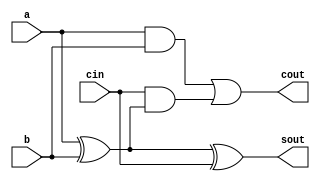
`timescale 1ns / 1ps

module full_adder(
    input a, b, cin,
    output sout, cout

    );    
    assign sout = a ^ b ^ cin;
    assign cout = (a&b) | cin&(a^b);
endmodule

module parallel_adder(
    input [3:0] A, B,
    input carry_in, 
    output [3:0] sum,
    output carry
   
    );
    wire [2:0] c;

    full_adder fa1(A[0], B[0], carry_in, sum[0], c[0]);
    full_adder fa2(A[1], B[1], c[0], sum[1], c[1]);
    full_adder fa3(A[2], B[2], c[1], sum[2], c[2]);
    full_adder fa4(A[3], B[3], c[2], sum[3], carry);
endmodule

module carry_skip_adder(
    output [3:0]sum, 
    output cout,
    input [3:0]a, b,
    input cin
    );
    wire c, sel;
    wire [3:0]p;

    parallel_adder pa(a, b, cin, sum, c);

    xor (p[0], a[0], b[0]),
        (p[1], a[1], b[1]),
        (p[2], a[2], b[2]),
        (p[3], a[3], b[3]);
        
    and (sel, p[0],p[1], p[2], p[3]);

    assign cout = sel ? cin : c;
endmodule